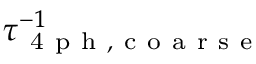
\tau _ { \mathrm { ~ 4 ~ p ~ h ~ , ~ c ~ o ~ a ~ r ~ s ~ e ~ } } ^ { - 1 }